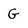
Character: G